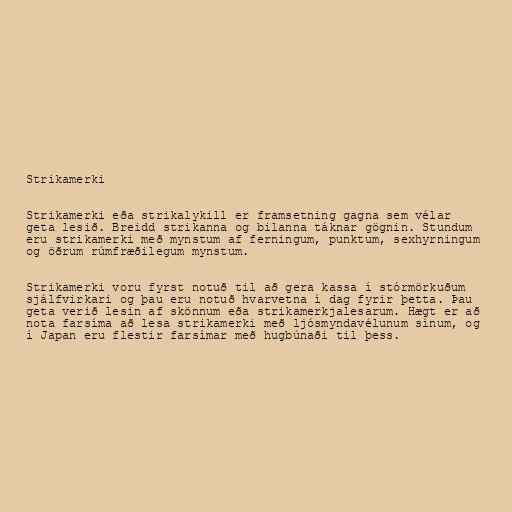
Strikamerki

Strikamerki eða strikalykill er framsetning gagna sem vélar
geta lesið. Breidd strikanna og bilanna táknar gögnin. Stundum
eru strikamerki með mynstum af ferningum, punktum, sexhyrningum
og öðrum rúmfræðilegum mynstum.

Strikamerki voru fyrst notuð til að gera kassa í stórmörkuðum
sjálfvirkari og þau eru notuð hvarvetna í dag fyrir þetta. Þau
geta verið lesin af skönnum eða strikamerkjalesarum. Hægt er að
nota farsíma að lesa strikamerki með ljósmyndavélunum sínum, og
í Japan eru flestir farsímar með hugbúnaði til þess.